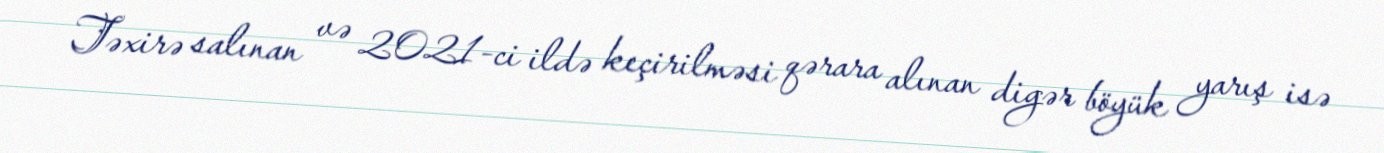
Təxirə salınan və 2021-ci ildə keçirilməsi qərara alınan digər böyük yarış isə